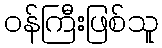
ဝန်ကြီးဖြစ်သူ